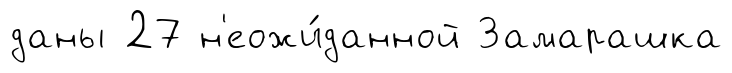
даны 27 н'еожи́данной Замарашка